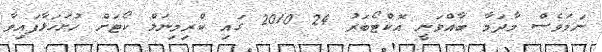
ނަމަވެސް މާދަމާ ބާއްވަނީ އޮކްޓޯބަރު 24 2010 ގައި ކްރިމިނަލް ކޯޓަށް ހުށަހަޅާފައިވާ